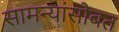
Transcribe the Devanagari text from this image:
सामन्यांसोबत